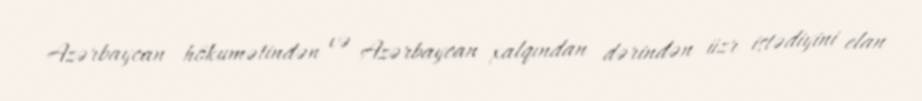
Azərbaycan hökumətindən və Azərbaycan xalqından dərindən üzr istədiyini elan